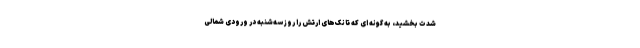
شدت بخشید، به گونه ای که تانک‌های ارتش را روز سه‌شنبه در ورودی شمالی